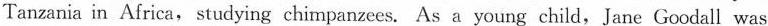
Tanzania in Africa, studying chimpanzees. As a young child,Jane Goodall was